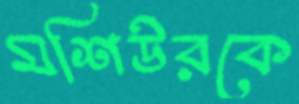
মশিউরকে